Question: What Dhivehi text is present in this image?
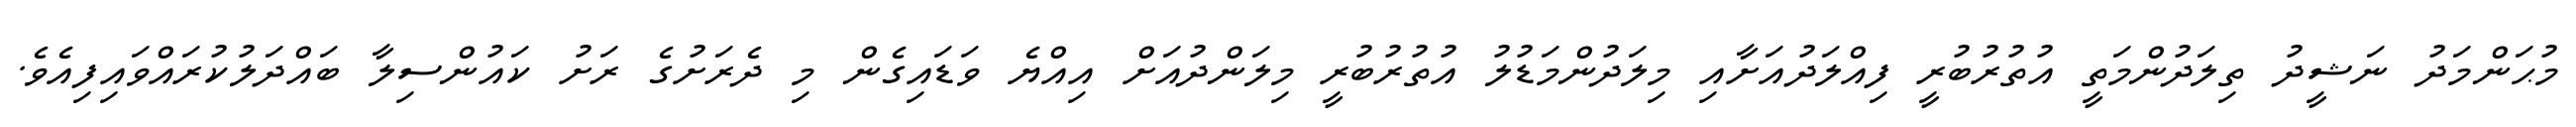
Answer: މުޙަންމަދު ނަޝީދު ތިލަދުންމަތީ އުތުރުބުރީ ފިއްލަދުއަށާއި މިލަދުންމަޑުލު އުތުރުބުރީ މިލަންދުއަށް އިއްޔެ ވަޑައިގެން މި ދެރަށުގެ ރަށު ކައުންސިލާ ބައްދަލުކުރައްވައިފިއެވެ.